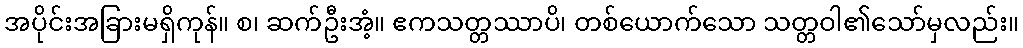
အပိုင်းအခြားမရှိကုန်။ စ၊ ဆက်ဦးအံ့။ ဧကသတ္တဿာပိ၊ တစ်ယောက်သော သတ္တဝါ၏သော်မှလည်း။